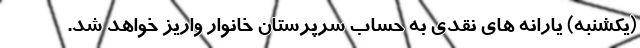
(یکشنبه) یارانه‌ های نقدی به حساب سرپرستان خانوار واریز خواهد شد.